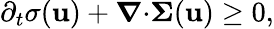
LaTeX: \partial_{t}\sigma(\mathbf{u})+\boldsymbol{\nabla}{\cdot}\boldsymbol{\Sigma}(\mathbf{u})\geq 0,